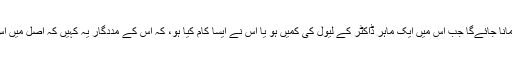
ڈاکٹر کو قصوروار صرف تبھی مانا جائے‌گا جب اُس میں ایک ماہر ڈاکٹر کے لیول کی کمیں ہو یا اُس نے ایسا کام کیا ہو، کہ اُس کے مددگار یہ کہیں کہ اصل میں اِس معاملے میں لاپروائی کی گئی۔